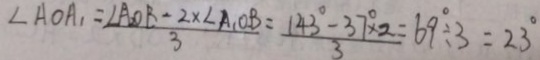
\angle A O A _ { 1 } = \frac { \angle A _ { 2 } O B - 2 \times \angle A _ { 1 } O B } { 3 } = \frac { 1 4 3 ^ { \circ } - 3 7 ^ { \circ } \times 2 } { 3 } = 6 9 \div 3 = 2 3 ^ { \circ }